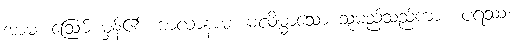
အာမ၊ ဩော် မှန်၏။ ဗာလာနာမ၊ မလိမ္မာသော သူမည်သည်ကား။ ပရဿ၊